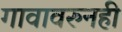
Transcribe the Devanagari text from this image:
गावावरुनही